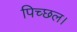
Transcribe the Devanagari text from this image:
पिच्छल।